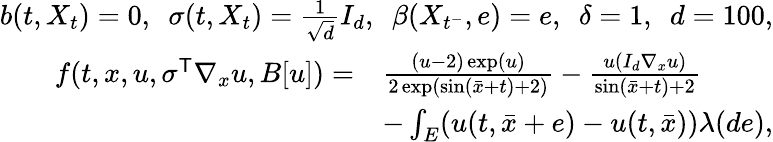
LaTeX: \begin{array}{r}{b(t,X_{t})=0,~~\sigma(t,X_{t})=\frac{1}{\sqrt d}I_{d},~~\beta(X_{t^{-}},e)=e,~~\delta=1,~~d=100,}\\ {\begin{array}{rl}{f(t,x,u,\sigma^{\mathsf{T}}\nabla_{x}u,B[u])=}&{\frac{(u-2)\exp(u)}{2\exp(\sin(\bar{x}+t)+2)}-\frac{u(I_{d}\nabla_{x}u)}{\sin(\bar{x}+t)+2}}\\ &{-\int_{E}(u(t,\bar{x}+e)-u(t,\bar{x}))\lambda(de),}\end{array}}\end{array}